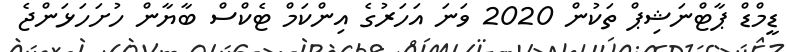
ޑީމްޑް ޕާޓްނަޝިޕް ތަކުން 2020 ވަނަ އަހަރުގެ އިންކަމް ޓެކްސް ބާޔާން ހުށަހަޅަންޖެ